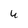
Character: U